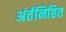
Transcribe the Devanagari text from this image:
अंर्तनिहित